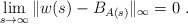
\begin{align*}\lim_{s\to\infty} \| w(s) - B_{A(s)}\|_\infty = 0\ . \end{align*}